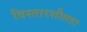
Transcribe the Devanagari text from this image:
विस्तारशीलता